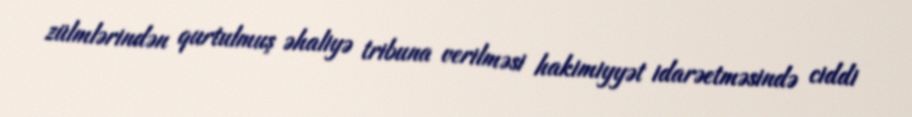
zülmlərindən qurtulmuş əhaliyə tribuna verilməsi hakimiyyət idarəetməsində ciddi